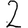
Digit: 2